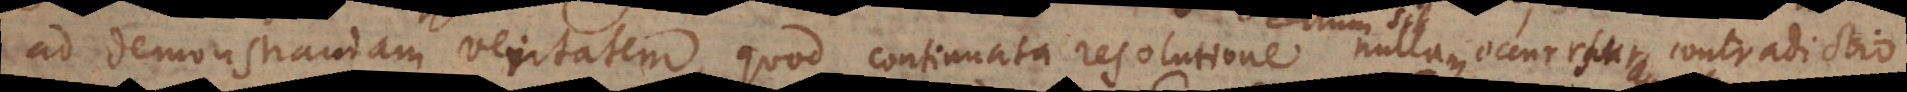
ad demonstrandam veritatem, quod continuata resolutione certum sit